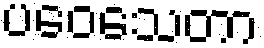
ပဝေသေတာ